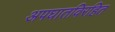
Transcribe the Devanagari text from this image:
अपघातविरहित